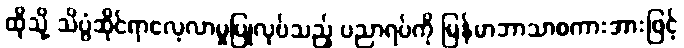
ထိုသို့ သိပ္ပံဆိုင်ရာလေ့လာမှုပြုလုပ်သည့် ပညာရပ်ကို မြန်မာဘာသာစကားအားဖြင့်